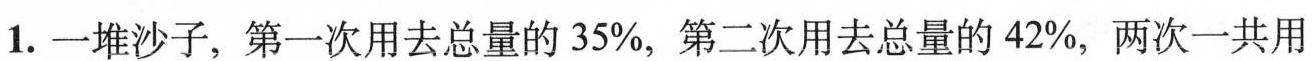
1.一堆沙子，第一次用去总量的35%，第二次用去总量的42%，两次一共用